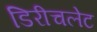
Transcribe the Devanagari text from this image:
डिरीचलेट